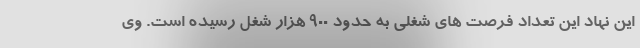
این نهاد این تعداد فرصت های شغلی به حدود ۹۰۰ هزار شغل رسیده است. وی